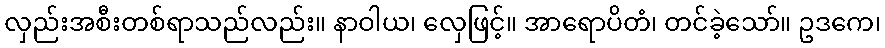
လှည်းအစီးတစ်ရာသည်လည်း။ နာဝါယ၊ လှေဖြင့်။ အာရောပိတံ၊ တင်ခဲ့သော်။ ဥဒကေ၊